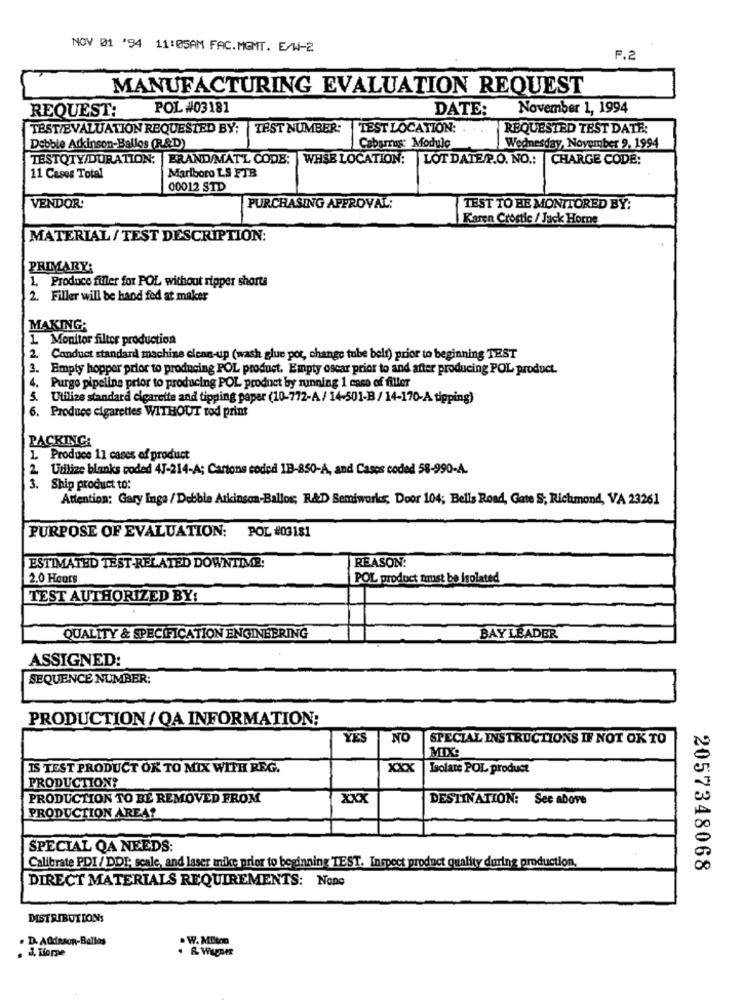
NOV 01 '94 11:05AM FAC. MGMT. E/W-2
F.2
MANUFACTURING EVALUATION REQUEST
REQUEST:
POL #03181
DATE:
November 1, 1994
TEST/EVALUATION REQUESTED BY:
TEST NUMBER:
TEST LOCATION: . ..
REQUESTED TEST DATE:
Debbie Atkinson-Ballos (R&D)
Cabarrus: Module
Wednesday, November 9. 1994
TESTQTY/DURATION: ERAND/MATL CODE:
WHSB LOCATION:
LOT DATE/P.O. NO .: CHARGE CODE:
Marlboro LS FTB
11 Cases Total
00012 STD
VENDOR:
PURCHASING APPROVAL:
TEST TO BE MONITORED BY:
Karen Crostic / Jack Horne
MATERIAL / TEST DESCRIPTION:
PRIMARY:
1, Produce fuller for POL without ripper shorts
2. Filler will be hand fed at maker
MAKING:
1 Monitor filter production
2. Conduct standard machine clean-up (wash glue por, change tube belt) prior to beginning TEST
3. Empty hopper prior to producing POL product. Empty oscar prior to and after producing POL product.
4. Purgo pipeline prior to producing POL product by running 1 case of filler
5. Utilize standard cigarette and tipping paper (10-772-A / 14-501-B/ 14-170-A tipping)
6. Produce cigarettes WITHOUT tod print
PACKING:
1. Produce 11 cases of product
2. Utilize blanks coded 4J-214-A; Cartons coded 1B-850-A, and Cases coded 58-990-4.
3. Ship product to:
Attention: Gary Inge / Debble Atkinson-Ballos; R&D Semiworks; Door 104; Bells Road, Gate S; Richmond, VA 23261
PURPOSE OF EVALUATION: POL #03181
REASON:
ESTIMATED TEST-RELATED DOWNTIME:
2.0 Hours
POL product trmust be isolated
TEST AUTHORIZED BY:
QUALITY & SPECIFICATION ENGINEERING
BAY LEADER
ASSIGNED:
SEQUENCE NUMBER:
PRODUCTION / QA INFORMATION:
YES
NO
SPECIAL INSTRUCTIONS IF NOT OK TO
MIX:
IS TEST PRODUCT OK TO MIX WITH REG.
xxx
Isolate POL product
PRODUCTION?
PRODUCTION TO BE REMOVED FROM
xxx
DESTINATION: See above
PRODUCTION AREA?
SPECIAL QA NEEDS:
Calibrate PDI / DDP, scale, and laser mike prior to beginning TEST. Inspect product quality during production,
2057348068
DIRECT MATERIALS REQUIREMENTS: NonG
DISTRIBUTIONS
. D. Atkinson-Ballos
. W. Milton
. J, Tiorme
. & Wuper